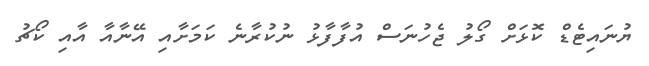
ޔުނައިޓެޑް ކޮޅަށް ގޯލު ޖެހުނަސް އުފާފާޅު ނުކުރާނެ ކަމަށާއި އޭނާއާ އާއި ކޯޗު